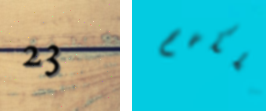
23 ملكهم